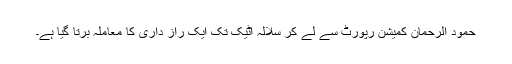
حمود الرحمان کمیشن رپورٹ سے لے کر سلالہ اٹیک تک ایک راز داری کا معاملہ برتا گیا ہے۔